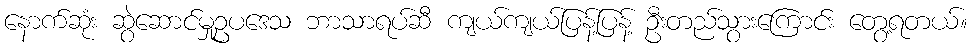
နောက်ဆုံး ဆွဲဆောင်မှုဥပဒေသ ဘာသာရပ်ဆီ ကျယ်ကျယ်ပြန့်ပြန့် ဦးတည်သွားကြောင်း တွေ့ရတယ်။